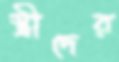
স্ত্রীদের